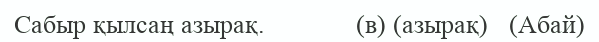
Сабыр қылсаң азырақ.             (в) (азырақ)   (Абай)